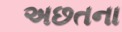
અછતના